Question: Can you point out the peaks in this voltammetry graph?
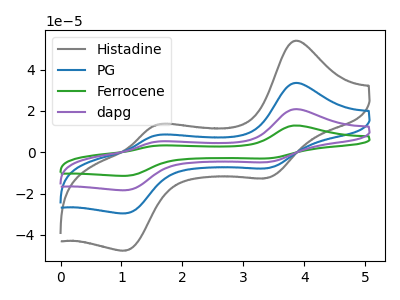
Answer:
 <answer>The gray curve "Histadine" has anodic peaks at (3.85V, 53.90uA) (1.55V, 13.10uA) and cathodic peaks at (3.40V, -12.45uA) (1.05V, -47.60uA). The blue curve "PG" has anodic peaks at (3.85V, 33.50uA) (1.55V, 8.15uA) and cathodic peaks at (3.40V, -7.75uA) (1.05V, -29.60uA). The green curve "Ferrocene" has anodic peaks at (3.85V, 100.55uA) (1.55V, 24.40uA) and cathodic peaks at (3.40V, -23.25uA) (1.05V, -88.80uA). The purple curve "dapg" has anodic peaks at (3.85V, 67.00uA) (1.55V, 16.25uA) and cathodic peaks at (3.40V, -15.50uA) (1.05V, -59.20uA).</answer>
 <eval></eval>